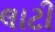
લાટી